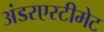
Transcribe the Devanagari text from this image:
अंडरएस्टीमेट